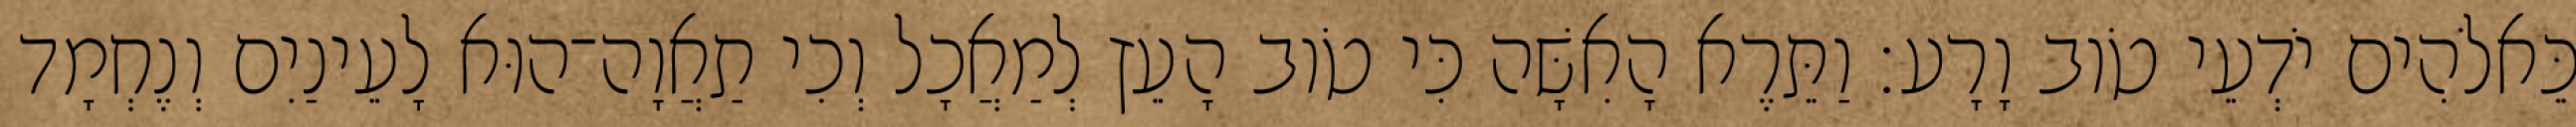
כֵּאלֹהִים יֹדְעֵי טֹוב וָרָע׃ וַתֵּרֶא הָאִשָּׁה כִּי טֹוב הָעֵץ לְמַאֲכָל וְכִי תַאֲוָה־הוּא לָעֵינַיִם וְנֶחְמָד